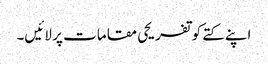
اپنے کتے کو تفریحی مقامات پر لائیں۔